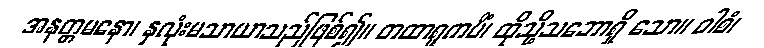
အနတ္တမနော၊ နှလုံးမသာယာသည်ဖြစ်၍။ တထာရူကပိံ၊ ထိုသို့သဘောရှိ သော။ ဝါစံ၊